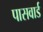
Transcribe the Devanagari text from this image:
पासवार्ड